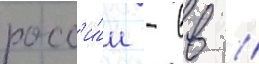
росс'и́и - вв //